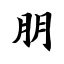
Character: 朋